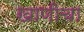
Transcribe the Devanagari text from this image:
खाणीचा